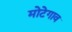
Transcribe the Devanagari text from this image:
मोटेगाव